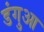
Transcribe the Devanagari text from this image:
डंगुआ